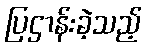
ပြဌာန်းခဲ့သည့်